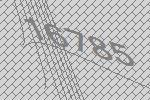
16785